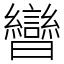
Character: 曫